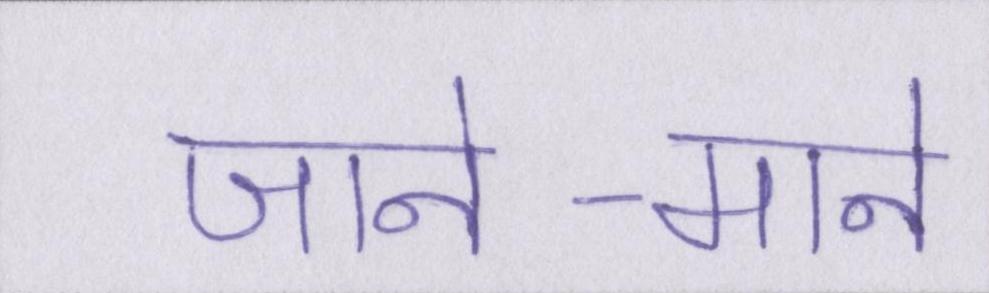
जाने-माने